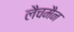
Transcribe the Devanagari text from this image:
लैचमैन